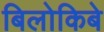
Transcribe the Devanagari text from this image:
बिलोकिबे